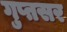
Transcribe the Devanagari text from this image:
गुप्तसर